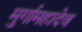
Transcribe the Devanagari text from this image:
मुर्गामहादेव